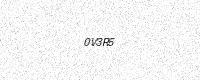
Text: 0V3R5